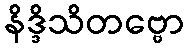
နိဒ္ဒိသိတဗ္ဗော